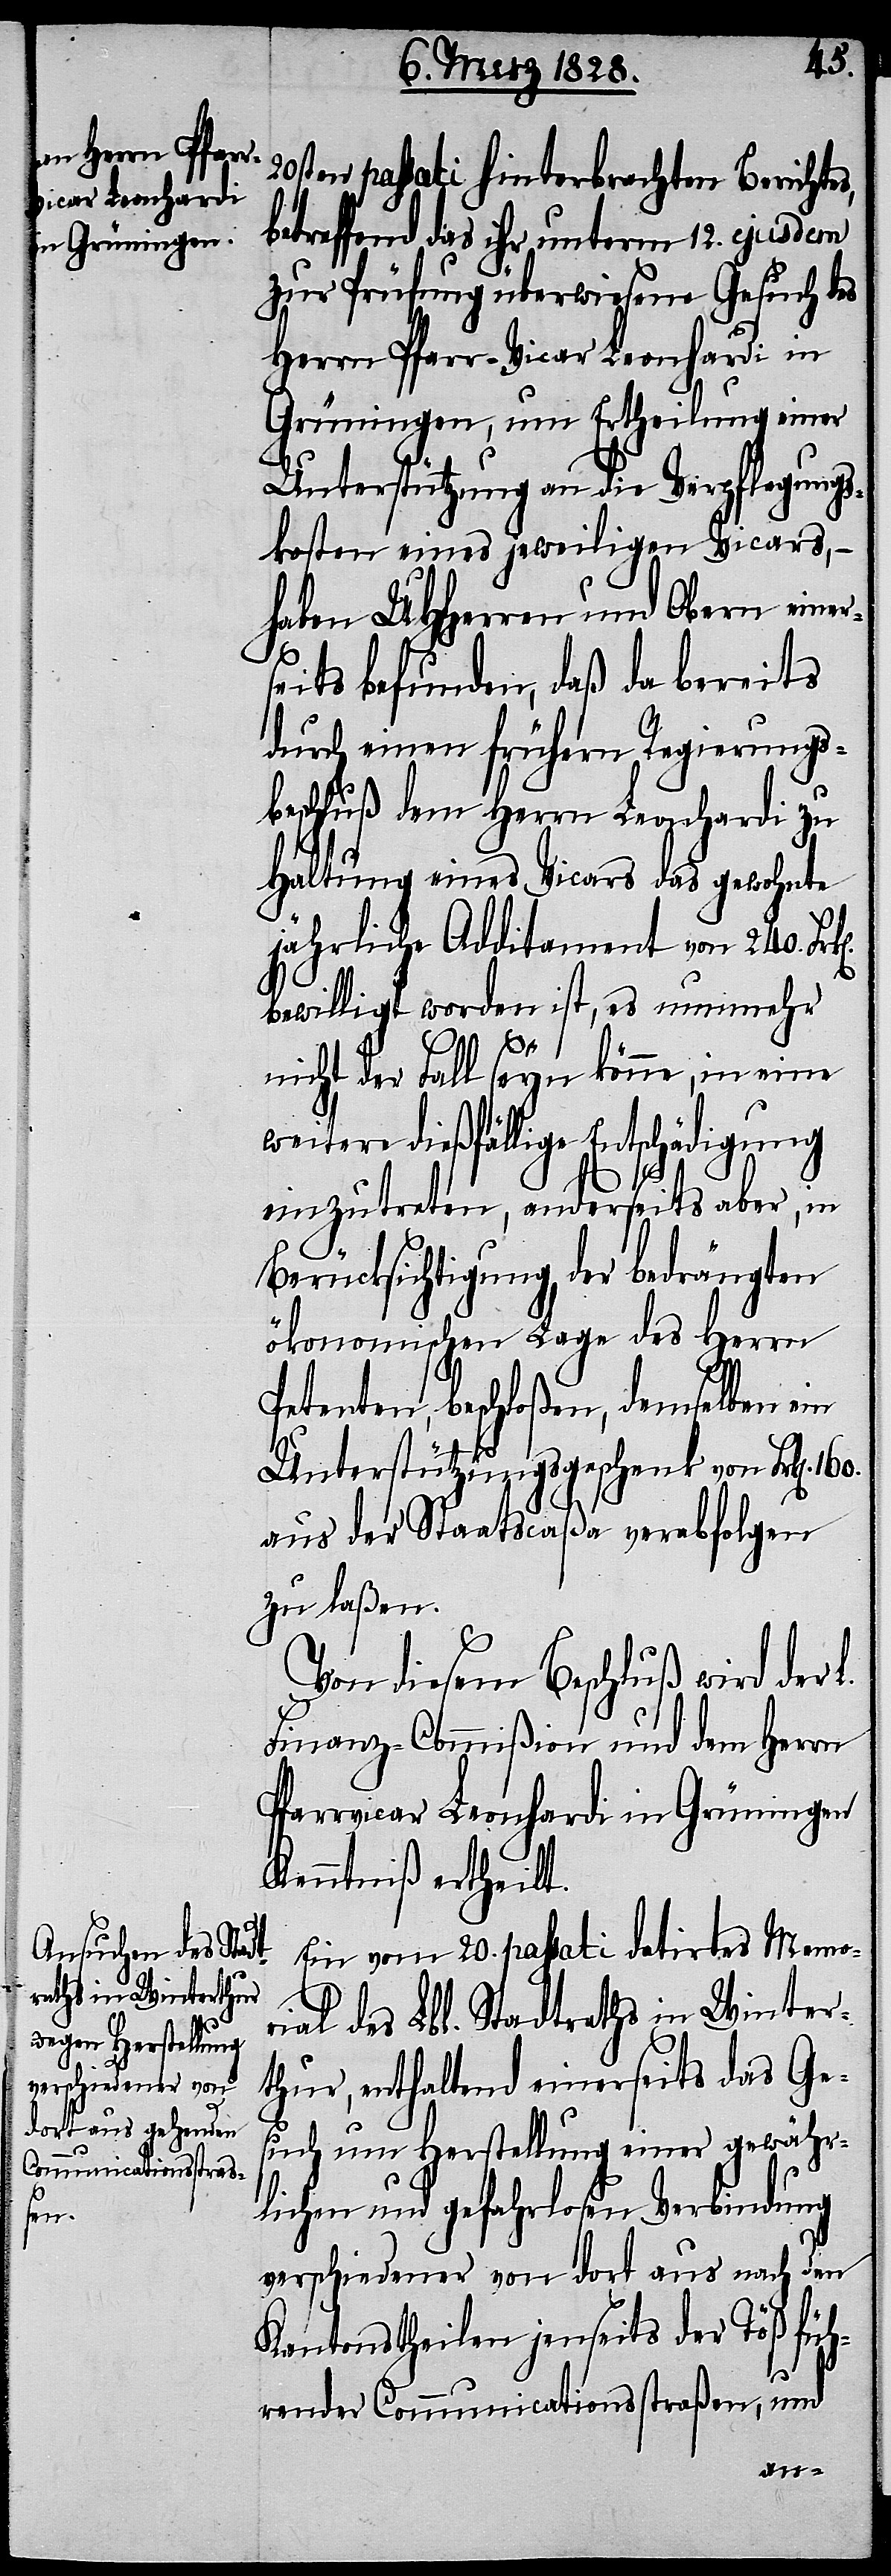
20sten passati hinterbrachten Berichtes,
betreffend das ihr unterm 12. ejusdem
zur Prüfung überwiesene Gesuch des
Herrn Pfarr-Vicar Leonhardi in
Grüningen, um Ertheilung einer
Unterstützung an die Verpflegungs¬
kosten eines jeweiligen Vicars, –
haben UHHerren und Obern einer¬
seits befunden, daß da bereits
durch einen frühern Regierungs¬
beschluß dem Herrn Leonhardi zu
Haltung eines Vicars das gewohnte
jährliche Additament von 240.
bewilligt worden ist, es nunmehr
160.
nicht der Fall seyn könne, in eine
weitere dießfällige Entschädigung
einzutreten, anderseits aber, in
Berücksichtigung der bedrängten
ökonomischen Lage des Herrn
Petenten, beschloßen, demselben ein
Unterstützungsgeschenk von Frk[en].
aus der Staatscaßa verabfolgen
zu laßen.
Von diesem Beschluß wird der L.
Finanz-Commißion und dem Herrn
Pfarrvicar Leonhardi in Grüningen
Kenntniß ertheilt.
Ein vom 20. passati datirtes Memo¬
rial des Lbl. Stadtraths in Winter¬
thur, enthaltend einerseits das Ge¬
such um Herstellung einer gewähr¬
lichen und gefahrlosen Verbindung
verschiedener von dort aus nach den
Kantonstheilen jenseits der Töß füh¬
render Communicationsstraßen, und